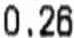
0.26